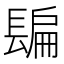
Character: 𨲜